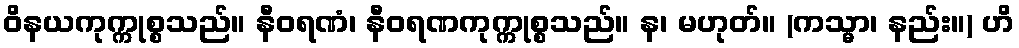
ဝိနယကုက္ကုစ္စသည်။ နီဝရဏံ၊ နီဝရဏကုက္ကုစ္စသည်။ န၊ မဟုတ်။ (ကသ္မာ၊ နည်း။) ဟိ